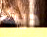
ديث